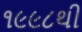
૧૯૯૮થી